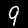
Label: 9